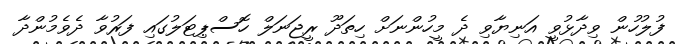
ފުލުހުން ވިދާޅުވީ އަނިޔާވި ދެ މީހުންނަށް ހިތަދޫ ރީޖަނަލް ހޮސްޕިޓަލުގައި ފަރުވާ ދެވެމުންދާ